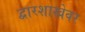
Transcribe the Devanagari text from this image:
द्वारशाखेवर